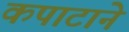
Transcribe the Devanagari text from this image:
कपाटाने